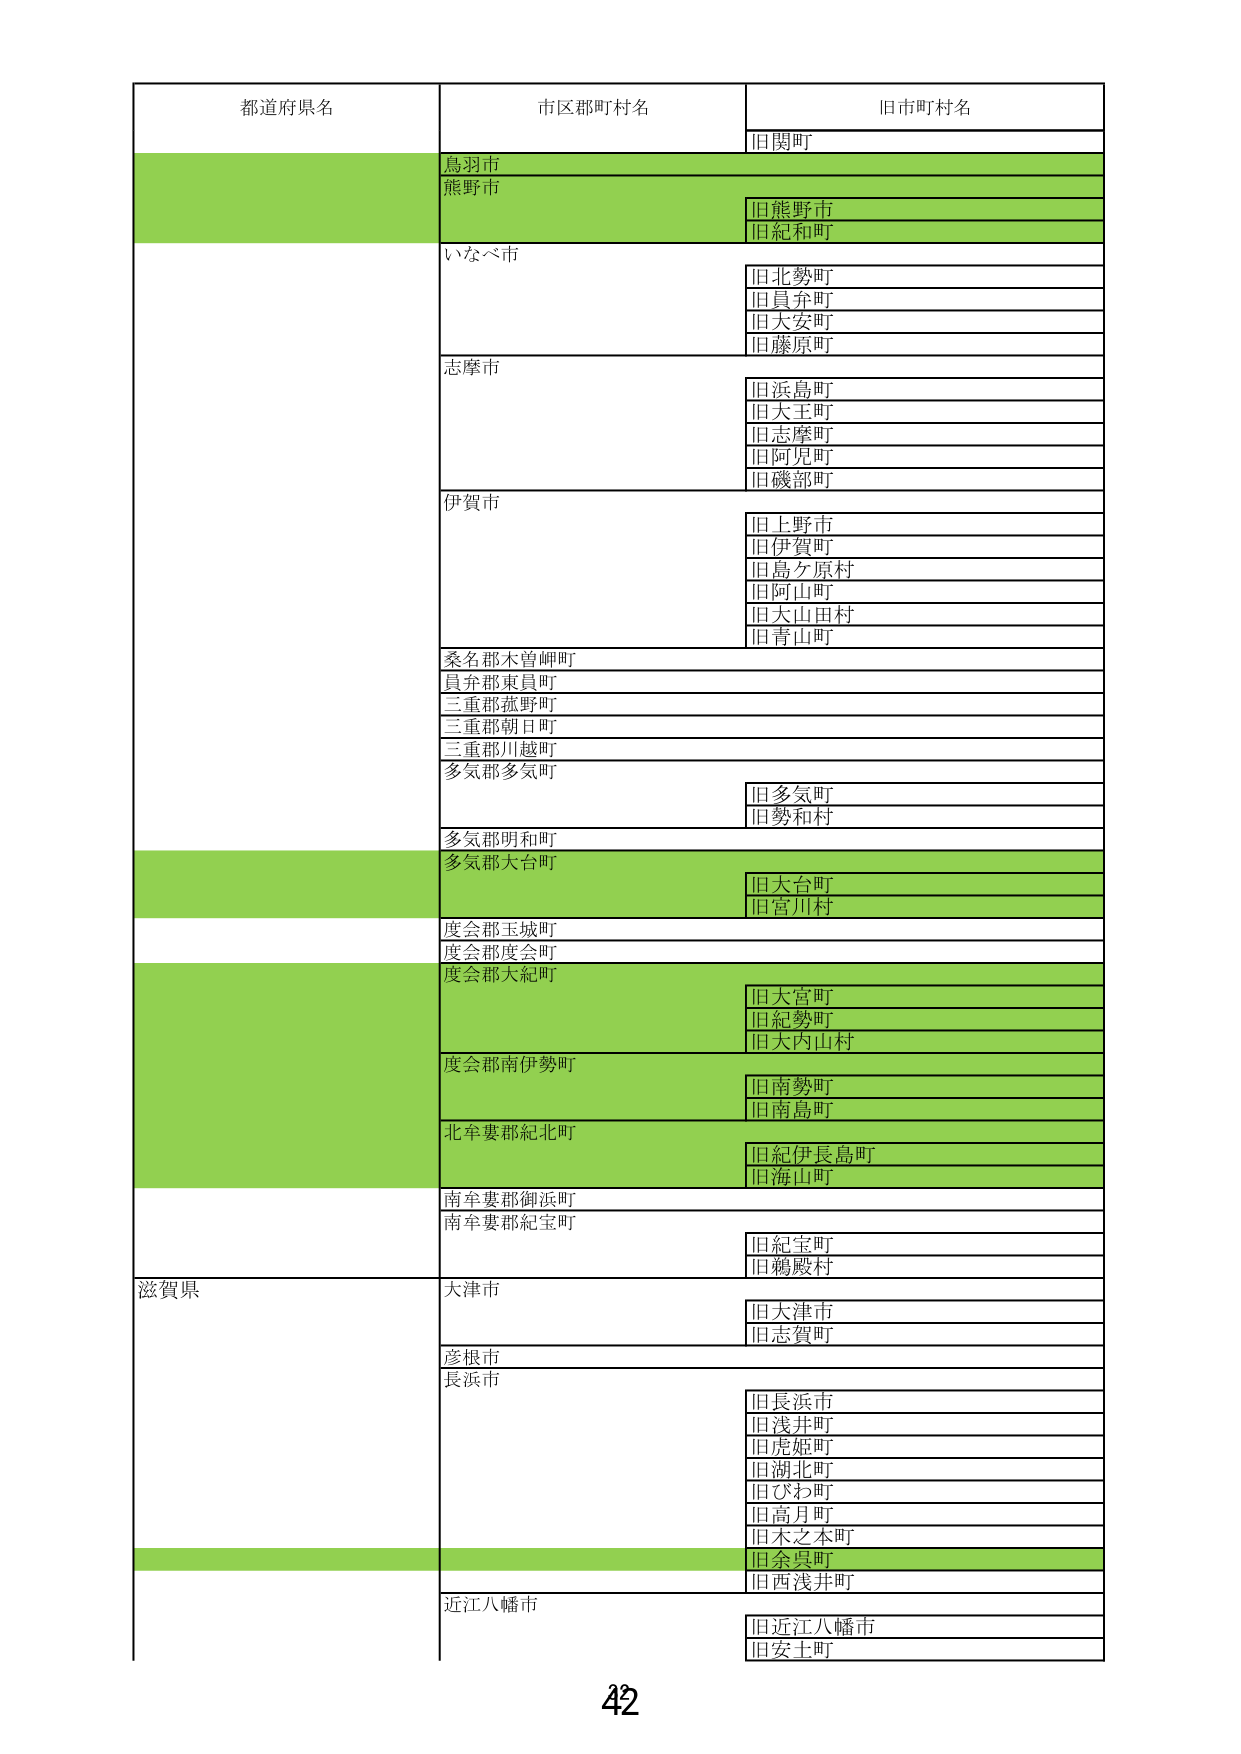
都道府県名 市区郡町村名 旧市町村名
旧関町
鳥羽市
熊野市
旧熊野市
旧紀和町
いなべ市
旧北勢町
旧員弁町
旧大安町
旧藤原町
志摩市
旧浜島町
旧大王町
旧志摩町
旧阿児町
旧磯部町
伊賀市
旧上野市
旧伊賀町
旧島ヶ原村
旧阿山町
旧大山田村
旧青山町
桑名郡木曽岬町
員弁郡東員町
三重郡菰野町
三重郡朝日町
三重郡川越町
多気郡多気町
旧多気町
旧勢和村
多気郡明和町
多気郡大台町
旧大台町
旧宮川村
度会郡玉城町
度会郡度会町
度会郡大紀町
旧大宮町
旧紀勢町
旧大内山村
度会郡南伊勢町
旧南勢町
旧南島町
北牟婁郡紀北町
旧紀伊長島町
旧海山町
南牟婁郡御浜町
南牟婁郡紀宝町
旧紀宝町
旧鵜殿村
滋賀県
大津市
旧大津市
旧志賀町
彦根市
長浜市
旧長浜市
旧浅井町
旧虎姫町
旧湖北町
旧びわ町
旧高月町
旧木之本町
旧余呉町
旧西浅井町
近江八幡市
旧近江八幡市
旧安土町
42